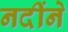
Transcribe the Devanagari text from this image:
नदींने